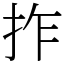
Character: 拃